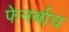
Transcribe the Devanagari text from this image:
फेनर्बाच